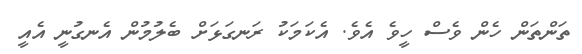
ތަންތަން ހެން ވެސް ހީވެ އެވެ. އެކަމަކު ރަނގަޅަށް ބެލުމުން އެނގުނީ އެއީ